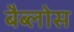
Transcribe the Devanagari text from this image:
बैब्लोस